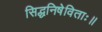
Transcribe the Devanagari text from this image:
सिद्धनिषेविताः॥